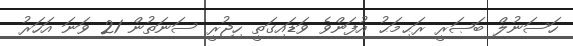
ހަސަނުލް ބަޞަރީ ރަޙިމަޙު އުފަންވެ ވަޑައިގަތީ ހިޖުރީ ސަނަތުން 21 ވަނަ އަހަރު